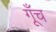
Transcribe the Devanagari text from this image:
गूँच